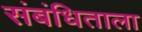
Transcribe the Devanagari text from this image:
संबंधिताला